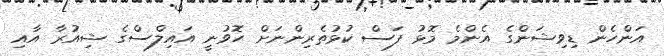
އަންހެން ޑިވިޝަންގެ އެންމެ މޮޅު ފަސް ކުޅުތެރިންނަށް ހޮވުނީ އައިލްސްގެ ޝިއުރާ އާއި